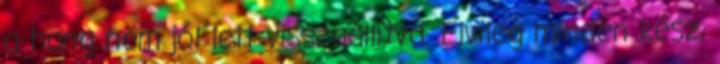
a hang nem jól lett visszaállítva. Elvileg minden kész,